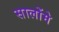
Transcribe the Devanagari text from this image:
सालोंमे